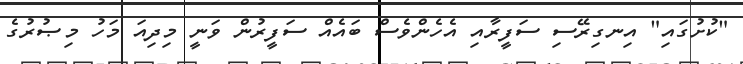
"ކުށުގައި" އިނގިރޭސި ސަފީރާއި އެހެންވެސް ބައެއް ސަފީރުން ވަނީ މިދިއަ މަހު މިޞުރުގެ